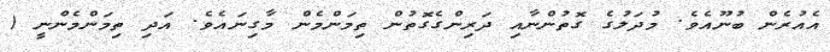
އެއުރެން ބުނޫއެވެ. މުދަލުގެ ގޮތުންނާއި ދަރިންގެގޮތުން ތިމަންމެން މާގިނައެވެ. އަދި ތިމަންމެންނީ (